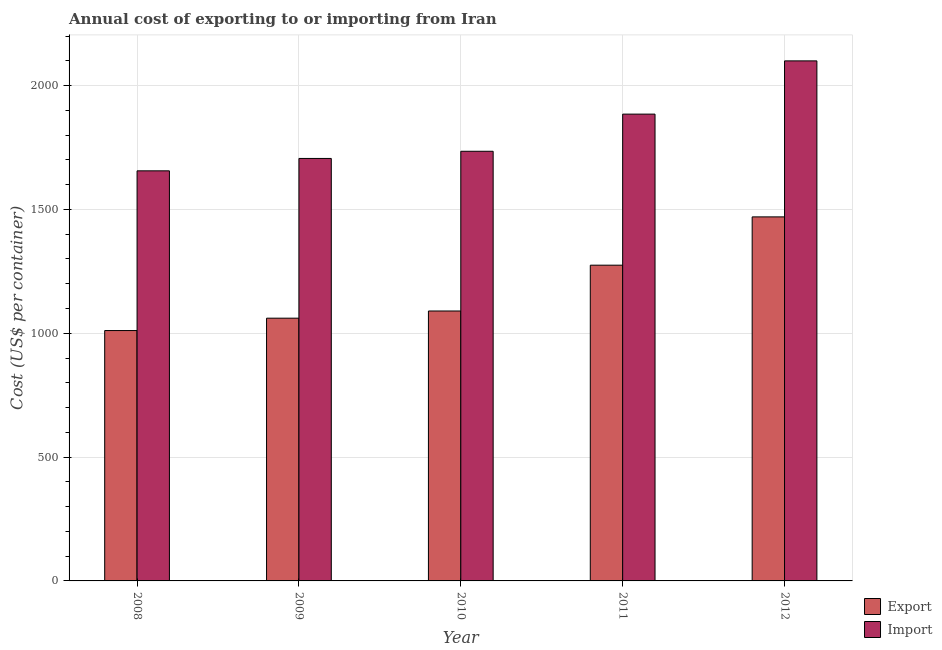
| Year | Export | Import |
 | --- | --- | --- |
 | 2008 | 1.01e+03 | 1.66e+03 |
 | 2009 | 1.06e+03 | 1.71e+03 |
 | 2010 | 1.09e+03 | 1.74e+03 |
 | 2011 | 1.28e+03 | 1.88e+03 |
 | 2012 | 1.47e+03 | 2.1e+03 |